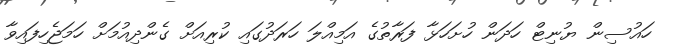
ހައުސިން ޔުނިޓް ހަދަން ހުށަހަޅާ ފަރާތުގެ އަމިއްލަ ހަރަދުގައި ކުރިއަށް ގެންދިއުމަށް ހަމަޖެހިފައިވާ